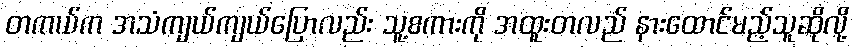
တကယ်က အသံကျယ်ကျယ်ပြောလည်း သူ့စကားကို အထူးတလည် နားထောင်မည့်သူဆိုလို့